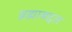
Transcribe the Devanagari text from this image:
ब्रह्माबद्दल